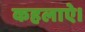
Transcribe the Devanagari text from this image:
कहलाऐ।